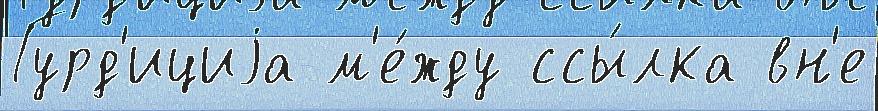
Гурд'ициjа м'е́жду ссы́лка вн'е